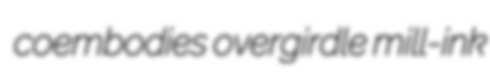
coembodies overgirdle mill-ink